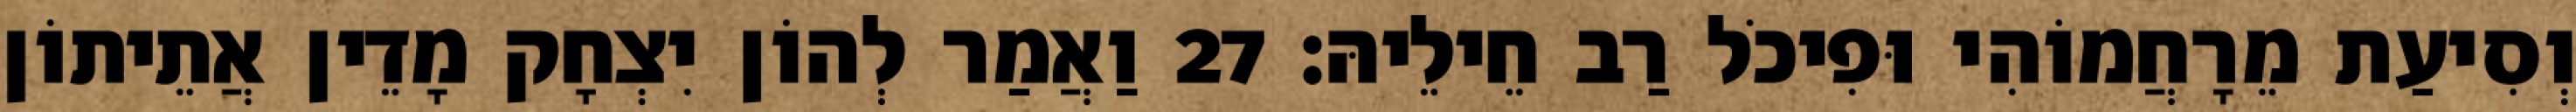
וְסִיעַת מֵרָחֲמוֹהִי וּפִיכֹל רַב חֵילֵיהּ׃ 27 וַאֲמַר לְהוֹן יִצְחָק מָדֵין אֲתֵיתוֹן